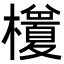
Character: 𭬭